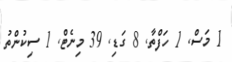
1 މަސް